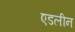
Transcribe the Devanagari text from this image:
एडलीन